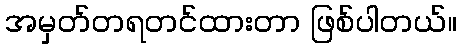
အမှတ်တရတင်ထားတာ ဖြစ်ပါတယ်။